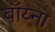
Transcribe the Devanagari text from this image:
वॉय्ना